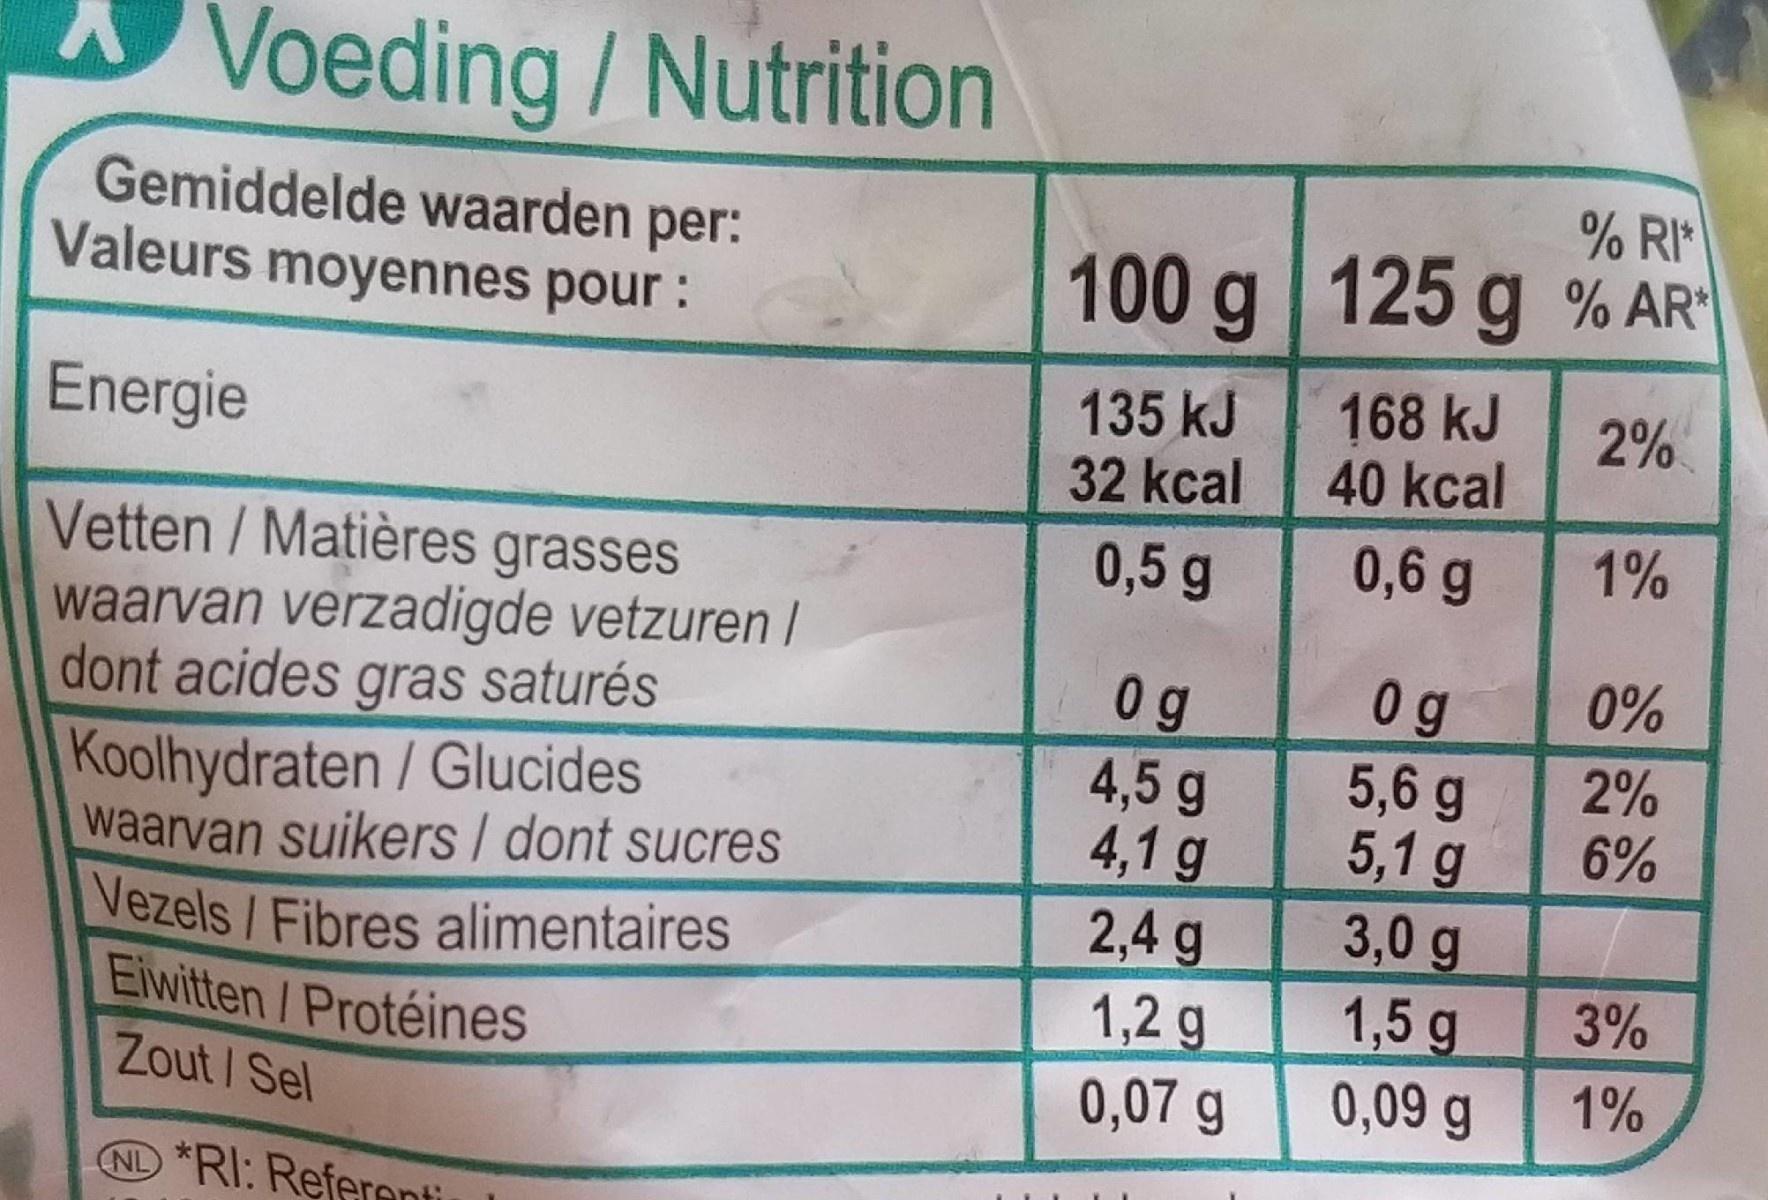
Voeding / Nutrition
% RI*
Gemiddelde waarden per: Valeurs moyennes pour :
100 g 125 g % AR
135 kJ 32 kcal
168 kJ 40 kcal
2%
Energie
0,5 g
0,6 g
1%
Vetten/Matières grasses waarvan verzadigde vetzuren | dont acides gras saturés Koolhydraten/Glucides waarvan suikers / dont sucres Vezels/Fibres alimentaires Eiwitten/Protéines Zout /Sel
0%
0 g 5,6 g 5,1 g 3,0 g 1,5 g 0,09 g
0 g
2% 6%
4,5 g 4,1 g 2,4 g 1,2 g 0,07 g
3%
1%
ND *RI: Referenti